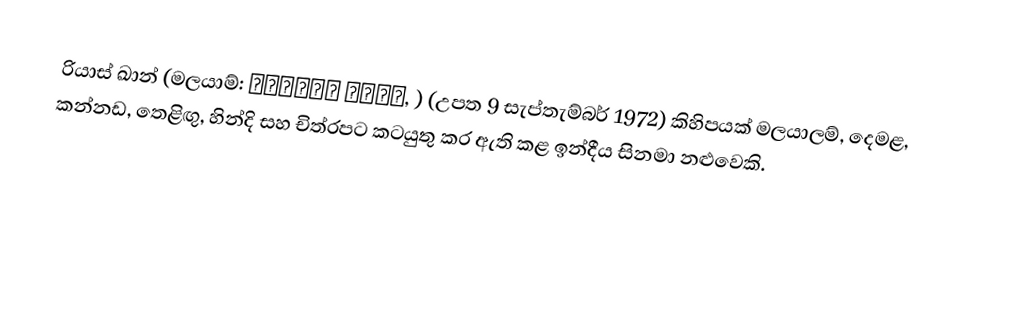
රියාස් ඛාන්  (මලයාම්: റിയാസ് ഖാന്‍, ) (උපත 9 සැප්තැම්බර් 1972) කිහිපයක් මලයාලම්, දෙමළ, කන්නඩ, තෙළිඟු, හින්දි සහ චිත්රපට කටයුතු කර ඇති කළ ඉන්දීය සිනමා නළුවෙකි.